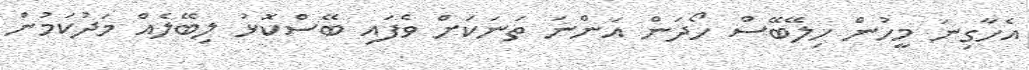
އެހާގިނަ މީހުން ހިލޭބޭސް ހޯދަން އަންނަ ތަނަކަށް ވެފައި ބޭސްކޮޅު ލިބޭލެއް މަދުކަމުން